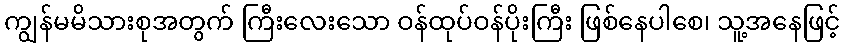
ကျွန်မမိသားစုအတွက် ကြီးလေးသော ဝန်ထုပ်ဝန်ပိုးကြီး ဖြစ်နေပါစေ၊ သူ့အနေဖြင့်